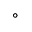
^ \circ